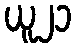
ယူ၂၁